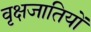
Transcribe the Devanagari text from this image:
वृक्षजातियों